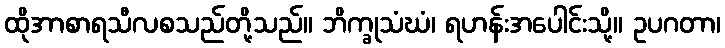
ထိုအာစာရသီလစသည်တို့သည်။ ဘိက္ခုသံဃံ၊ ရဟန်းအပေါင်းသို့။ ဥပဂတာ၊